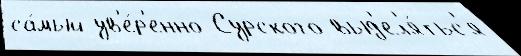
са́мый ув'е́р'енно Сурского выд'ел'я́тьс'я